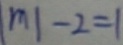
\vert m \vert - 2 = 1